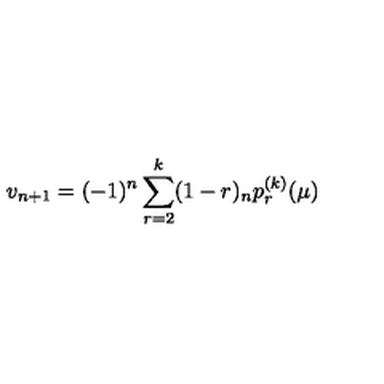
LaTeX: v _ { n + 1 } = ( - 1 ) ^ { n } \sum _ { r = 2 } ^ { k } ( 1 - r ) _ { n } p _ { r } ^ { ( k ) } ( \mu )